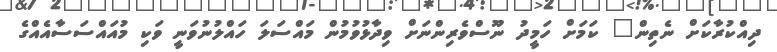
ދިއްކުރާކަށް ނެތިން" ކަމަށް ހަމީދު ނޫސްވެރިންނަށް ވިދާޅުވުމުން މައްސަލަ ހައްލުނުވަނީ ވަކި މުއައްސަސާއެއްގެ